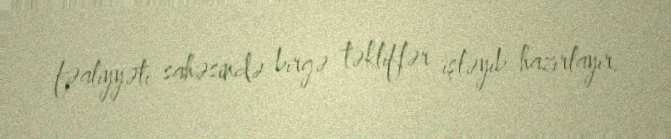
fəaliyyəti sahəsində birgə təkliflər işləyib hazırlayır.